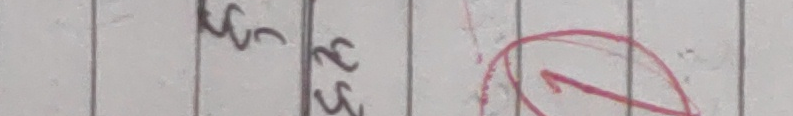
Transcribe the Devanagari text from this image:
५५ र २३